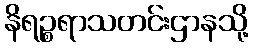
နိရဉ္စရာသတင်းဌာနသို့